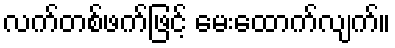
လက်တစ်ဖက်ဖြင့် မေးထောက်လျက်။